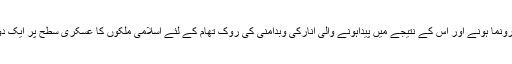
اس سے قبل اجلاس میں یمن جیسی صورت حال رونما ہونے اور اس کے نتیجے میں پیداہونے والی انارکی وبدامنی کی روک تھام کے لئے اسلامی ملکوں کا عسکری سطح پر ایک دوسرے سے تعاون کویقینی بنانے پرزور دیا گیا ۔